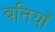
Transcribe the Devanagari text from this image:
बनियाँ